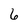
Character: 6